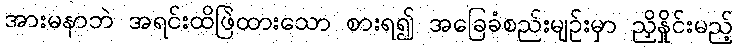
အားမနာဘဲ အရင်းထိဖြဲထားသော စားရ၍ အခြေခံစည်းမျဉ်းမှာ ညှိနှိုင်းမည့်